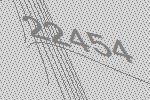
22454